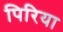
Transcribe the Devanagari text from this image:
पिरिया